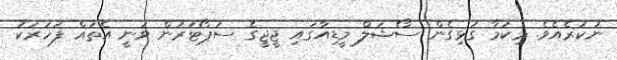
ނުކުރެއެވެ. މިކަމާ ގުޅިގެން ސޯޝަލް މީޑިއާގައި ޖީޖީގެ ސަޕޯޓަރުން ވަނީ އެތައް ފަހަރަކު